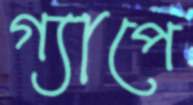
গ্যাপে